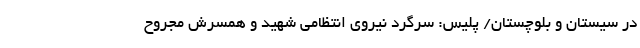
در سیستان و بلوچستان/ پلیس: سرگرد نیروی انتظامی شهید و همسرش مجروح